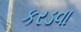
કરડવા